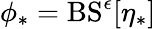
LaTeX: \phi_{*}=\mathrm{BS}^{\epsilon}[\eta_{*}]